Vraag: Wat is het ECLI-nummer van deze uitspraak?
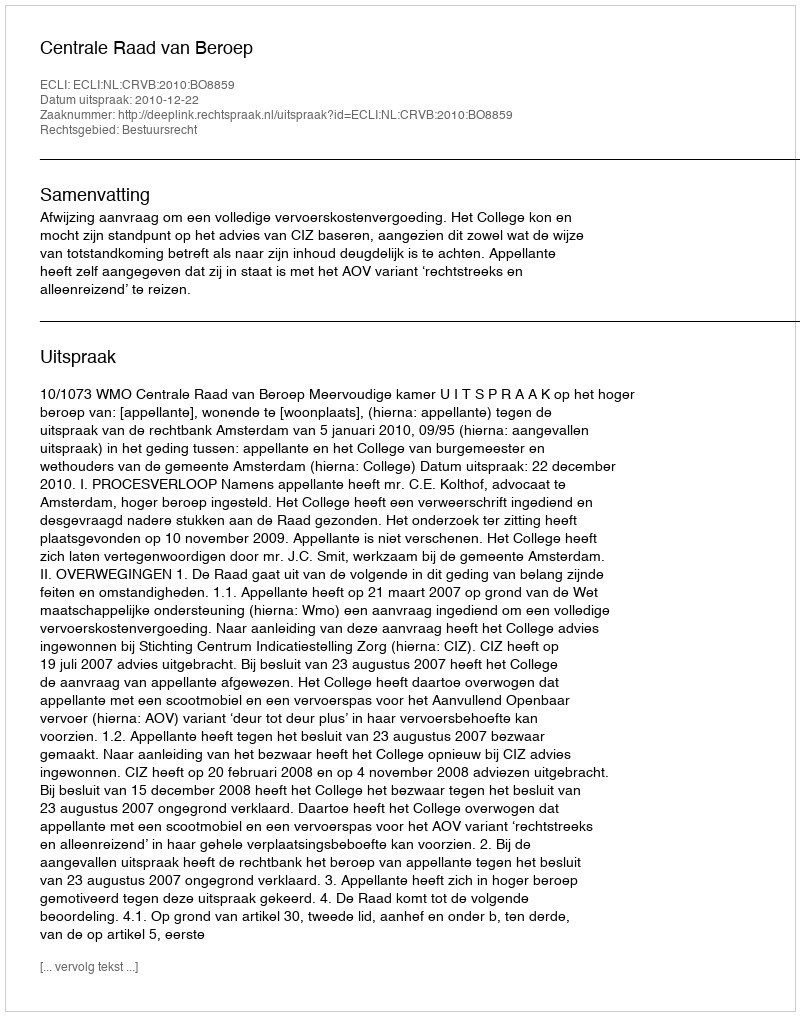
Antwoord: ECLI:NL:CRVB:2010:BO8859